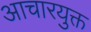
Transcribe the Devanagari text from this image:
आचारयुक्त